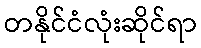
တနိုင်ငံလုံးဆိုင်ရာ